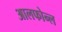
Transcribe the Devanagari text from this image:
आलफोन्ल